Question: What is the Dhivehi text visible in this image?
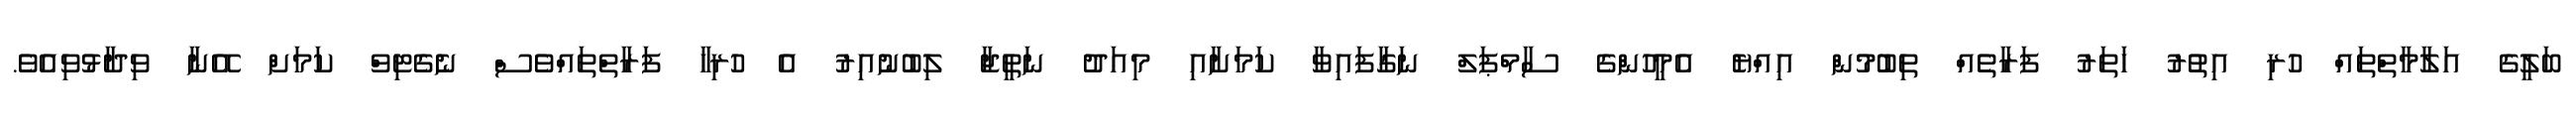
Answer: ބަލީގެ އަލާމާތްތައް ހުރި އިތުރު ހަތަރު ފަރާތެއް ތިބުމުން އިއްޔެ އެމީހުންގެ ސާމްޕަލް ނަގާފައިވާ ކަމަށާއި މިއަދު ނަތީޖާ ލިބުނުއިރު އެ ހުރިހާ ފަރާތްތައްވެސް ނެގެޓިވް ކަމަށް އޭނާ ވިދާޅުވިއެވެ.